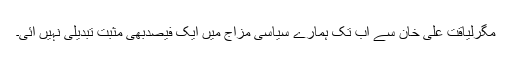
مگرلیاقت علی خان سے اب تک ہمارے سیاسی مزاج میں ایک فیصدبھی مثبت تبدیلی نہیں آئی۔